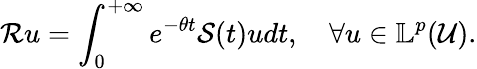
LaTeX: \mathcal{R}u=\int_{0}^{+\infty}e^{-\theta t}\mathcal{S}(t)udt,\quad\forall u\in\mathbb{L}^{p}(\mathcal{U}).